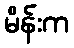
မိန်းက